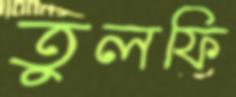
তুলফি